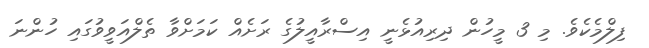
ފިލްމެކެވެ. މި 3 މީހުން ދިރިއުޅެނީ އިސްރާއީލުގެ ރަށެއް ކަމަށްވާ ތެލްއަވީވުގައި ހުންނަ